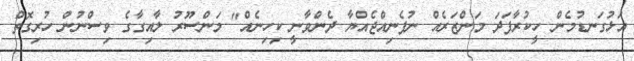
އަޅުގަނޑުމެން ހީކުރާފަދަ މަންޒަރެއް ނުފެނިއްޖެއްޔާ ދެންވާނީ ކިހިނެއް" މަންސޫރު ލާއިގާގެ ވިސްނުން ހުރިގޮތް